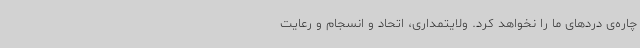
چاره‌ی دردهای ما را نخواهد کرد. ولایتمداری، اتحاد و انسجام و رعایت